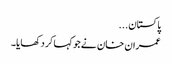
پاکستان...
عمران خان نے جو کہا کر دکھایا۔